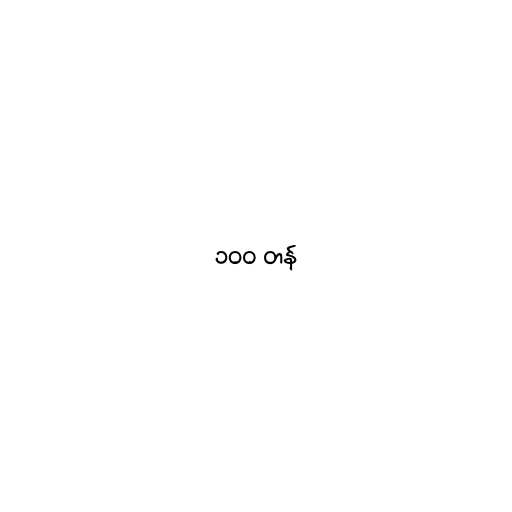
၁၀၀ တန်